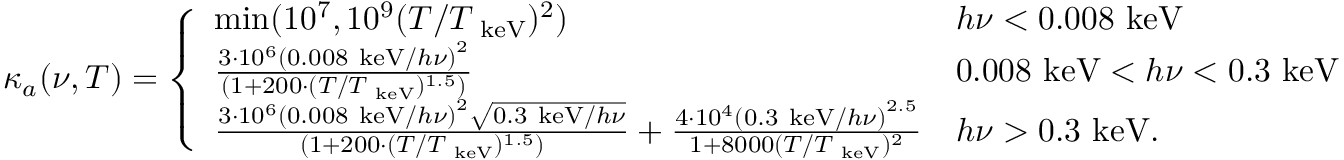
\kappa _ { a } ( \nu , T ) = \left\{ \begin{array} { l l } { \mathrm { m i n } ( 1 0 ^ { 7 } , 1 0 ^ { 9 } ( T / T _ { \mathrm { ~ k e V } } ) ^ { 2 } ) } & { h \nu < 0 . 0 0 8 \mathrm { ~ k e V } } \\ { \frac { 3 \cdot 1 0 ^ { 6 } \left( 0 . 0 0 8 \mathrm { ~ k e V } / h \nu \right) ^ { 2 } } { ( 1 + 2 0 0 \cdot ( T / T _ { \mathrm { ~ k e V } } ) ^ { 1 . 5 } ) } } & { 0 . 0 0 8 \mathrm { ~ k e V } < h \nu < 0 . 3 \mathrm { ~ k e V } } \\ { \frac { 3 \cdot 1 0 ^ { 6 } \left( 0 . 0 0 8 \mathrm { ~ k e V } / h \nu \right) ^ { 2 } \sqrt { 0 . 3 \mathrm { ~ k e V } / h \nu } } { ( 1 + 2 0 0 \cdot ( T / T _ { \mathrm { ~ k e V } } ) ^ { 1 . 5 } ) } + \frac { 4 \cdot 1 0 ^ { 4 } \left( 0 . 3 \mathrm { ~ k e V } / h \nu \right) ^ { 2 . 5 } } { 1 + 8 0 0 0 ( T / T _ { \mathrm { ~ k e V } } ) ^ { 2 } } } & { h \nu > 0 . 3 \mathrm { ~ k e V } . } \end{array} \right.